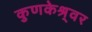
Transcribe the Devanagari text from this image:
कुणकेश्र्वर